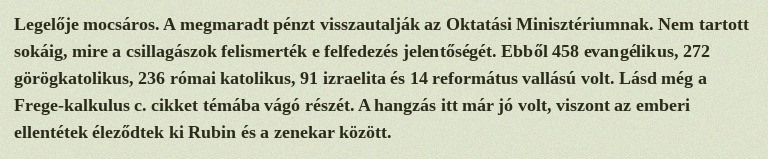
Legelője mocsáros. A megmaradt pénzt visszautalják az Oktatási Minisztériumnak. Nem tartott sokáig, mire a csillagászok felismerték e felfedezés jelentőségét. Ebből 458 evangélikus, 272 görögkatolikus, 236 római katolikus, 91 izraelita és 14 református vallású volt. Lásd még a Frege-kalkulus c. cikket témába vágó részét. A hangzás itt már jó volt, viszont az emberi ellentétek éleződtek ki Rubin és a zenekar között.